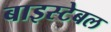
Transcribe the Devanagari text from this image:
बाइस्टेबल